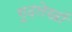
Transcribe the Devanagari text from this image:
गूढ़लेखों